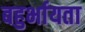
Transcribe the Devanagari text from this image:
बहुर्भायता